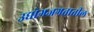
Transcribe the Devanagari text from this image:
उद्योगजगतातील